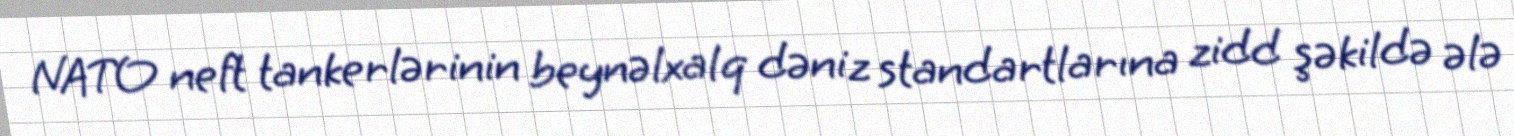
NATO neft tankerlərinin beynəlxalq dəniz standartlarına zidd şəkildə ələ